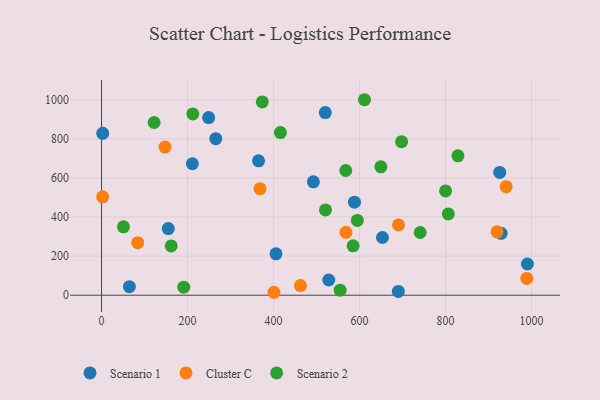
{"axis": {"x": "Engine Size", "y": "Exam Score"}, "legend": ["Cluster C", "Scenario 1", "Scenario 2"], "data": [{"x": "405.7", "y": 211.4, "type": "Scenario 1"}, {"x": "492.6", "y": 579.8, "type": "Scenario 1"}, {"x": "265.7", "y": 800.4, "type": "Scenario 1"}, {"x": "155.2", "y": 340.9, "type": "Scenario 1"}, {"x": "365.1", "y": 687.3, "type": "Scenario 1"}, {"x": "990.3", "y": 159.5, "type": "Scenario 1"}, {"x": "64.8", "y": 43.5, "type": "Scenario 1"}, {"x": "528.4", "y": 77.8, "type": "Scenario 1"}, {"x": "653.3", "y": 295.2, "type": "Scenario 1"}, {"x": "211.2", "y": 672.3, "type": "Scenario 1"}, {"x": "929.3", "y": 316.7, "type": "Scenario 1"}, {"x": "690.2", "y": 19.6, "type": "Scenario 1"}, {"x": "588.2", "y": 475.6, "type": "Scenario 1"}, {"x": "926.0", "y": 628.2, "type": "Scenario 1"}, {"x": "2.7", "y": 828.1, "type": "Scenario 1"}, {"x": "249.0", "y": 908.5, "type": "Scenario 1"}, {"x": "520.3", "y": 934.2, "type": "Scenario 1"}, {"x": "84.2", "y": 268.6, "type": "Cluster C"}, {"x": "147.6", "y": 757.4, "type": "Cluster C"}, {"x": "462.6", "y": 49.5, "type": "Cluster C"}, {"x": "368.5", "y": 544.4, "type": "Cluster C"}, {"x": "400.9", "y": 15.0, "type": "Cluster C"}, {"x": "988.9", "y": 85.8, "type": "Cluster C"}, {"x": "919.7", "y": 324.0, "type": "Cluster C"}, {"x": "690.6", "y": 359.7, "type": "Cluster C"}, {"x": "2.5", "y": 503.3, "type": "Cluster C"}, {"x": "941.0", "y": 555.3, "type": "Cluster C"}, {"x": "568.4", "y": 321.8, "type": "Cluster C"}, {"x": "554.9", "y": 25.5, "type": "Scenario 2"}, {"x": "649.6", "y": 656.6, "type": "Scenario 2"}, {"x": "594.9", "y": 382.3, "type": "Scenario 2"}, {"x": "741.0", "y": 320.7, "type": "Scenario 2"}, {"x": "697.8", "y": 785.0, "type": "Scenario 2"}, {"x": "191.1", "y": 41.2, "type": "Scenario 2"}, {"x": "828.8", "y": 712.9, "type": "Scenario 2"}, {"x": "212.2", "y": 927.2, "type": "Scenario 2"}, {"x": "373.8", "y": 988.4, "type": "Scenario 2"}, {"x": "122.2", "y": 883.2, "type": "Scenario 2"}, {"x": "415.9", "y": 831.9, "type": "Scenario 2"}, {"x": "568.0", "y": 637.8, "type": "Scenario 2"}, {"x": "51.0", "y": 350.0, "type": "Scenario 2"}, {"x": "800.1", "y": 533.5, "type": "Scenario 2"}, {"x": "585.0", "y": 252.6, "type": "Scenario 2"}, {"x": "611.5", "y": 999.8, "type": "Scenario 2"}, {"x": "162.0", "y": 251.9, "type": "Scenario 2"}, {"x": "806.4", "y": 415.8, "type": "Scenario 2"}, {"x": "520.8", "y": 436.4, "type": "Scenario 2"}]}